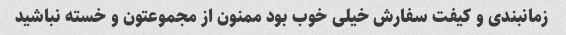
زمانبندی و کیفت سفارش خیلی خوب بود ممنون از مجموعتون و خسته نباشید